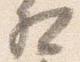
相